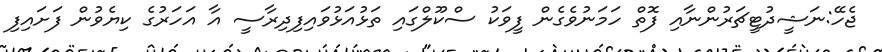
ޖެހޭ:ނަޝީދުޓީޗަރުންނާއި ފޮތް ހަމަނުވެގެން ފީވަކު ސްކޫލްގައި ތަޅުއަޅުވައިފިދިރާސީ އާ އަހަރުގެ ކިޔެވުން ފަށައިފި